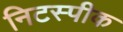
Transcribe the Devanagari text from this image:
निटस्पीक